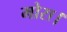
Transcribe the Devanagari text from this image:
मोरा।